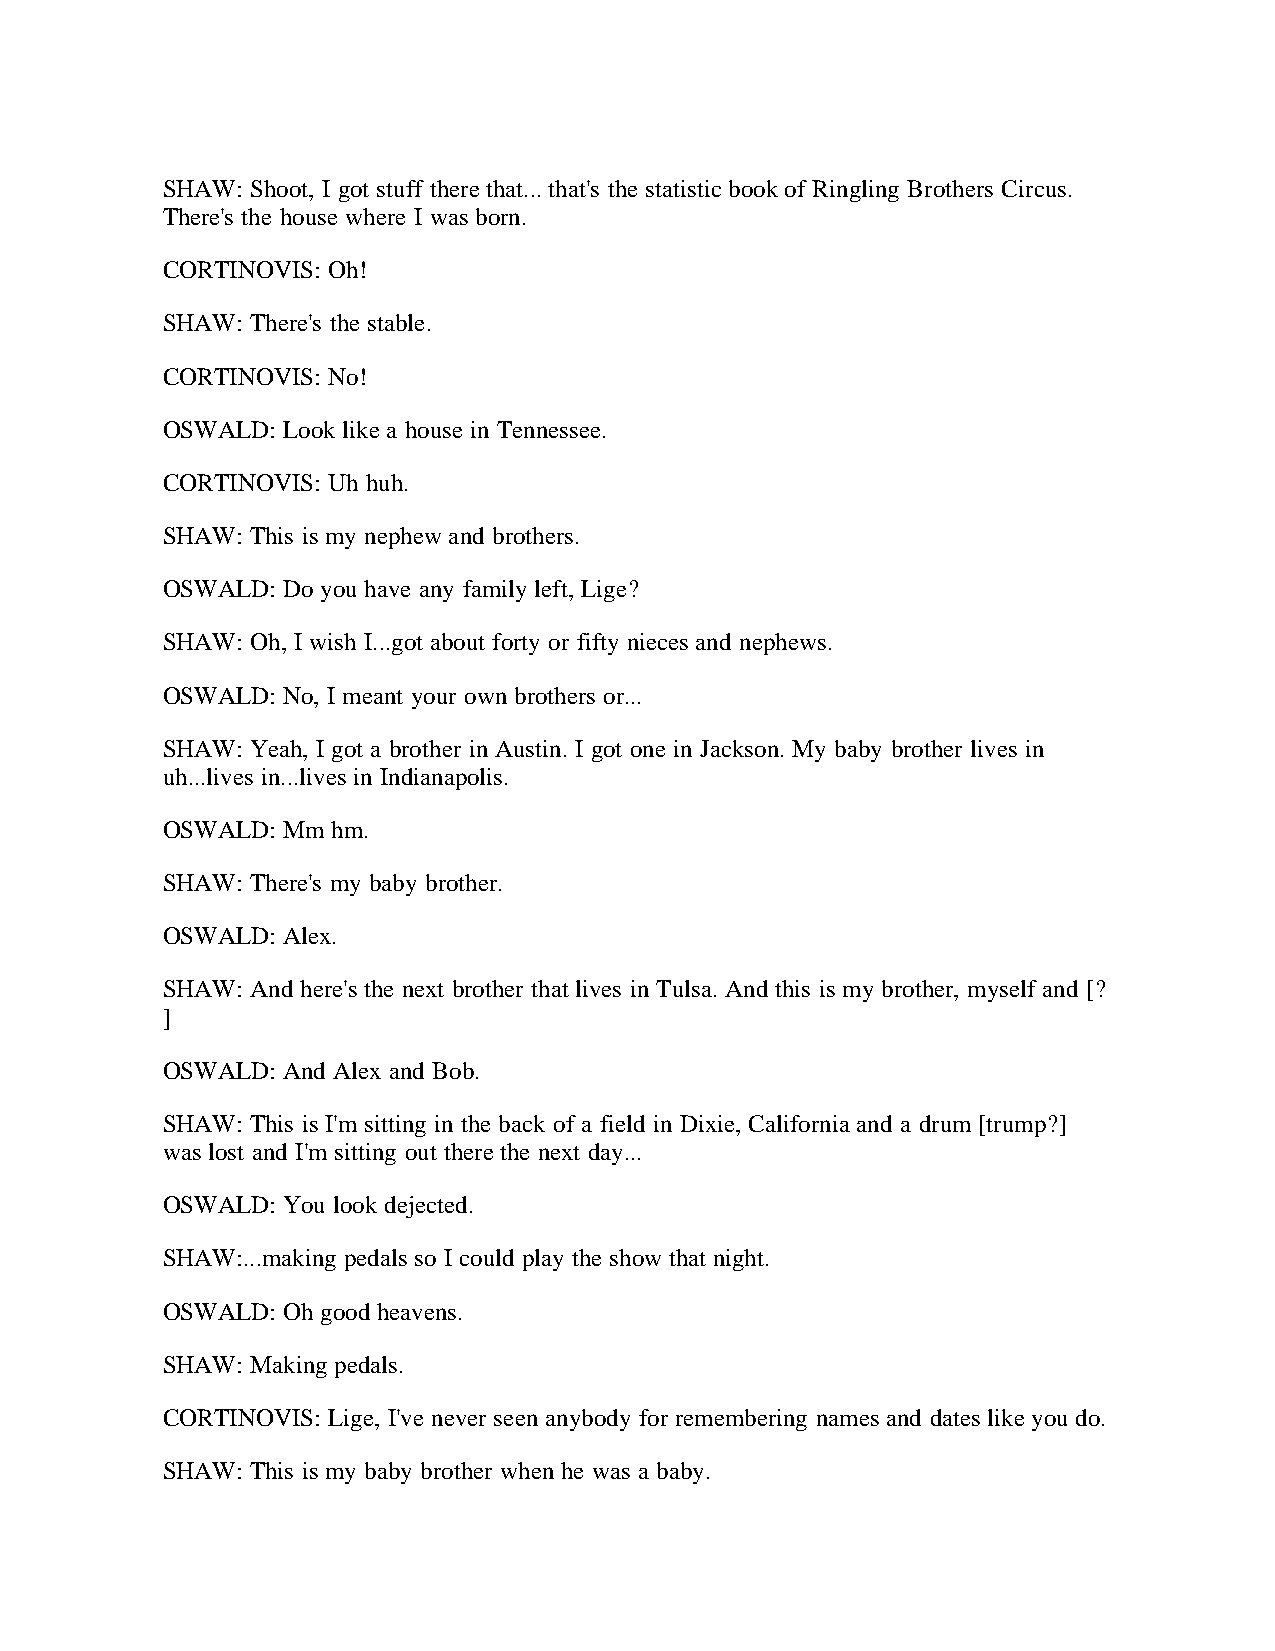
SHAW: Shoot, I got stuff there that... that's the statistic book of Ringling Brothers Circus.
 There's the house where I was born.
 CORTINOVIS: Oh!
 SHAW: There's the stable.
 CORTINOVIS: No!
 OSWALD: Look like a house in Tennessee.
 CORTINOVIS: Uh huh.
 SHAW: This is my nephew and brothers.
 OSWALD: Do you have any family left, Lige?
 SHAW: Oh, I wish I...got about forty or fifty nieces and nephews.
 OSWALD: No, I meant your own brothers or...
 SHAW: Yeah, I got a brother in Austin. I got one in Jackson. My baby brother lives in
 uh...lives in...lives in Indianapolis.
 OSWALD: Mm hm.
 SHAW: There's my baby brother.
 OSWALD: Alex.
 SHAW: And here's the next brother that lives in Tulsa. And this is my brother, myself and [?
 ]
 OSWALD: And Alex and Bob.
 SHAW: This is I'm sitting in the back of a field in Dixie, California and a drum [trump?]
 was lost and I'm sitting out there the next day...
 OSWALD: You look dejected.
 SHAW:...making pedals so I could play the show that night.
 OSWALD: Oh good heavens.
 SHAW: Making pedals.
 CORTINOVIS: Lige, I've never seen anybody for remembering names and dates like you do.
 SHAW: This is my baby brother when he was a baby.